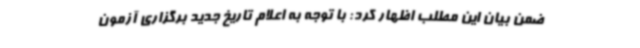
ضمن بیان این مطلب اظهار کرد: با توجه به اعلام تاریخ جدید برگزاری آزمون